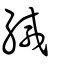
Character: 緘